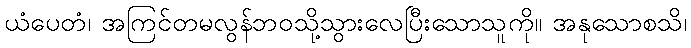
ယံပေတံ၊ အကြင်တမလွန်ဘဝသို့သွားလေပြီးသောသူကို။ အနုသောစသိ၊